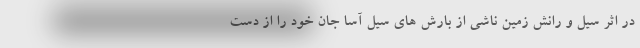
در اثر سیل و رانش زمین ناشی از بارش های سیل آسا جان خود را از دست